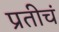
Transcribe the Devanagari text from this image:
प्रतीचं